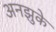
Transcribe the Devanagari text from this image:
अनझुके